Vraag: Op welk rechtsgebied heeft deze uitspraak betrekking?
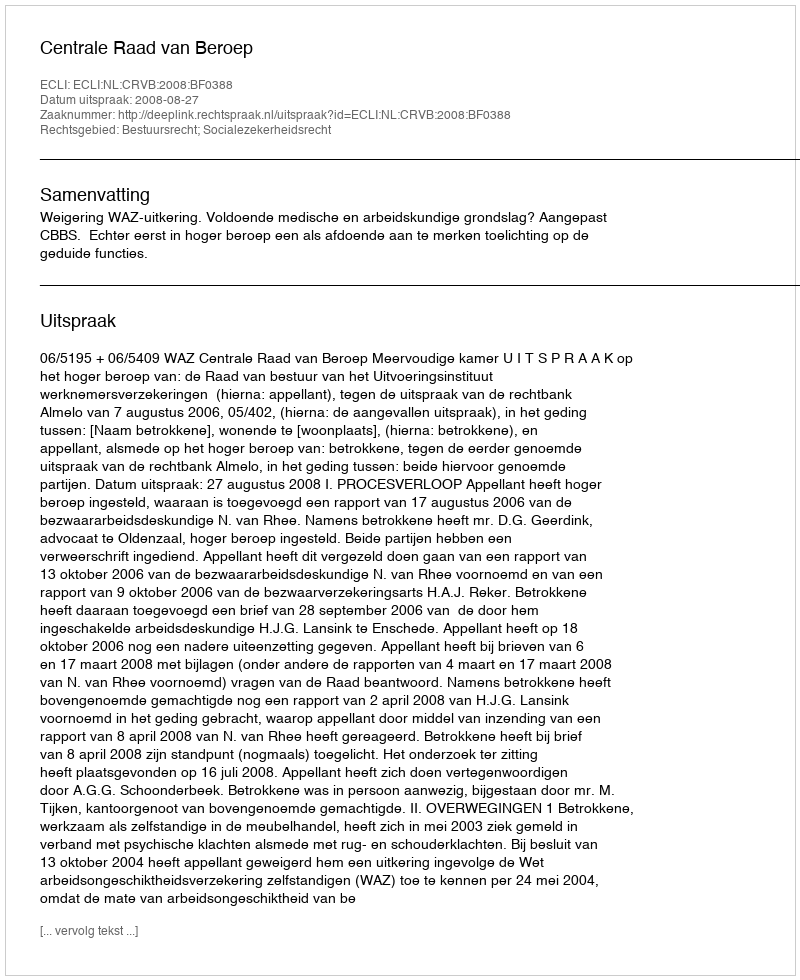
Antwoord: Bestuursrecht; Socialezekerheidsrecht